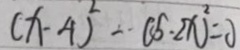
( x - 4 ) ^ { 2 } - ( 5 . 2 x ) ^ { 2 } = 0